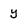
Character: y